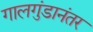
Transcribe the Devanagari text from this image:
गालगुंडानंतर